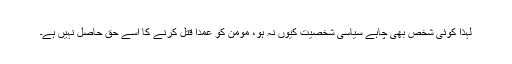
لہذا کوئی شخص بھی چاہے سیاسی شخصیت کیوں نہ ہو، مومن کو عمدا قتل کرنے کا اسے حق حاصل نہیں ہے۔